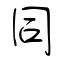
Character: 同